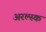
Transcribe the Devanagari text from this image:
अरल्स्क